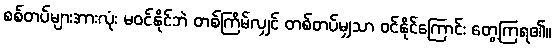
စစ်တပ်များအားလုံး မဝင်နိုင်ဘဲ တစ်ကြိမ်လျှင် တစ်တပ်မျှသာ ဝင်နိုင်ကြောင်း တွေ့ကြရ၏။